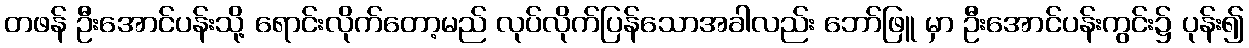
တဖန် ဦးအောင်ပန်းသို့ ရောင်းလိုက်တော့မည် လုပ်လိုက်ပြန်သောအခါလည်း ဘော်ဖြူ မှာ ဦးအောင်ပန်းကွင်း၌ ပုန်း၍